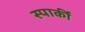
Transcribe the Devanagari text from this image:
स्पार्की